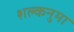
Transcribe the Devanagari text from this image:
शल्कनुमा